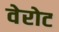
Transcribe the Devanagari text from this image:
वेरोट